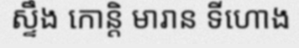
ស្ទឹង កោន្តិ មារាន ទីហោង